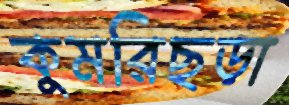
কুমরিছড়া